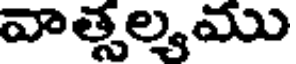
వాత్సల్యము